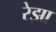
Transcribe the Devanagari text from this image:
रेझा